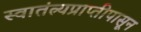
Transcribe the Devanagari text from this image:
स्वातंत्र्यप्राप्तीपासून